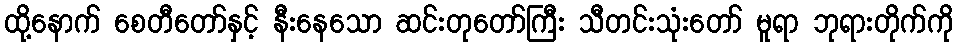
ထို့နောက် စေတီတော်နှင့် နီးနေသော ဆင်းတုတော်ကြီး သီတင်းသုံးတော် မူရာ ဘုရားတိုက်ကို